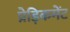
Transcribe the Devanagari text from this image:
प्रेड़िकमेंट